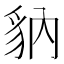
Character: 豽